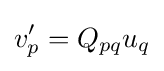
v'_{p}=Q_{pq}u_{q}